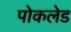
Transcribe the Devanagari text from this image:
पोकलेड